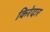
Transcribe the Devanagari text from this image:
किरेदार